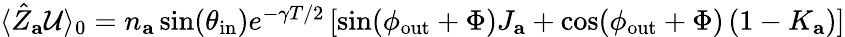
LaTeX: \begin{array}{r}{\langle\hat{Z}_{\mathbf{a}}\mathcal{U}\rangle_{0}=n_{\mathbf{a}}\sin(\theta_{\mathrm{in}})e^{-\gamma T/2}\left[\sin(\phi_{\mathrm{out}}+\Phi)J_{\mathbf{a}}+\cos(\phi_{\mathrm{out}}+\Phi)\left(1-K_{\mathbf{a}}\right)\right]}\end{array}